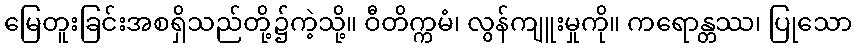
မြေတူးခြင်းအစရှိသည်တို့၌ကဲ့သို့။ ဝီတိက္ကမံ၊ လွန်ကျူးမှုကို။ ကရောန္တဿ၊ ပြုသော